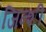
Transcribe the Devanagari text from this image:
जिन्शी